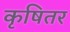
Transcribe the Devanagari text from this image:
कृषितर